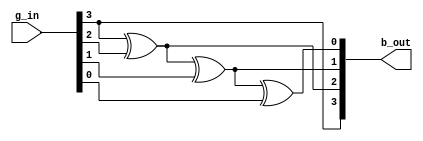
module g2b_des(g_in, b_out);

input [3:0] g_in;
output [3:0] b_out;

assign b_out[3] = g_in[3];
assign b_out[2] = g_in[3] ^ g_in[2];
assign b_out[1] = g_in[3] ^ g_in[2] ^ g_in[1];
assign b_out[0] = g_in[3] ^ g_in[2] ^ g_in[1] ^ g_in[0];

endmodule